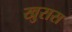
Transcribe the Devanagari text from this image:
खुरास